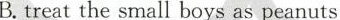
B.treat the small boys as peanuts